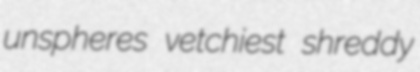
unspheres vetchiest shreddy